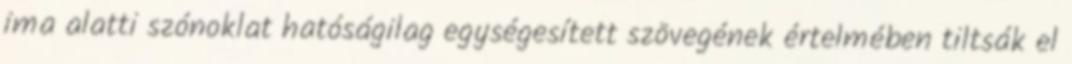
ima alatti szónoklat hatóságilag egységesített szövegének értelmében tiltsák el